Vaccination in Burma 1889-1999 - 1889-1999
Year: 1889
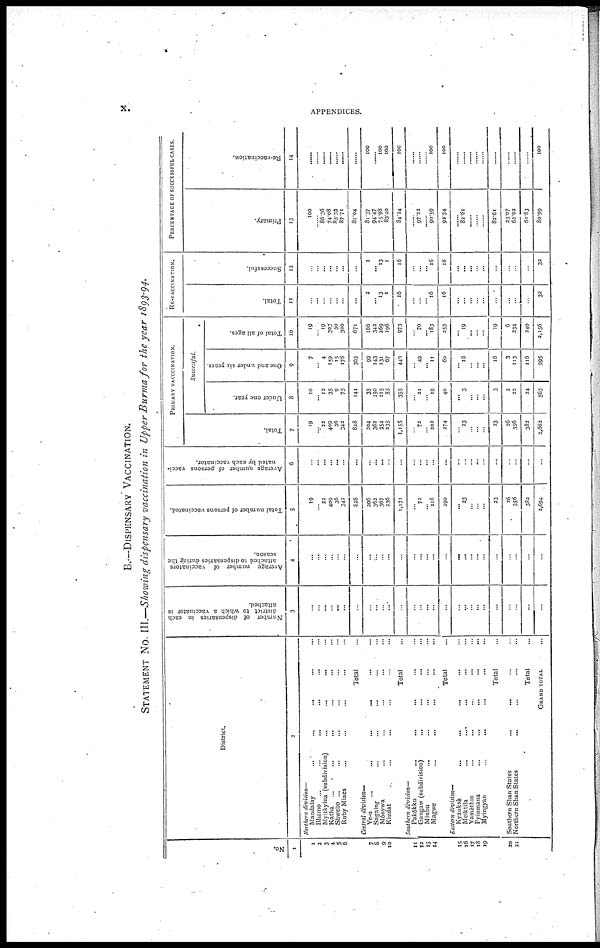
x.
APPENDICES.
B.—DISPENSARY VACCINATION.
STATEMENT NO. III.—Showing dispensary vaccination in Upper Burma for the year 1893-94.
No.
1
1
2
3
4
5
6
7
8
9
10
11
12
13
14
18
16
17
18
19
20
21
District.
2
Northern division—
Mandalay ... ... ... ... ...
Bhamo ... ... ... ... ...
Myitkyina (subdivision) ... ... ... ...
Katha ... ... ... ... ... ...
Shwebo ... ... ... ... ... ...
Ruby Mines ... ... ... ... ...
Total ...
Central division—
Ye-u ... ... ... ... ... ...
Sagaing ... ... ... ... ...
Mônywa
...
...
...
...
Kindat ... ... ... ... ...
Total ...
Southern division—
Pakâkku ... ... ... ... ...
Gangaw (subdivision) ... ... ... ...
Minbu
...
...
... ...
Magwe ... ... ... ... ...
Total ...
Eastern division—
Kyauksè
... ... ... ... ...
Meiktila ... ... ... ... ...
Yamèthin ... ... ... ... ...
Pyinmana
...
...
...
...
...
Myingyan
...
...
... ... ...
Total ...
Southern Shan States
...
... ... ...
Northern Shan States ... ... ... ... ...
Total ...
GRAND TOTAL ...
Number of dispensaries in each
district to which a vaccinator is
attached.
3
...
...
...
...
...
...
...
...
...
...
...
...
...
...
...
...
...
...
...
...
...
...
...
...
...
...
...
Average number of vaccinators
attached to dispensaries during the
season.
4
...
...
...
...
...
...
...
...
...
...
...
...
...
...
...
...
...
...
...
...
...
...
...
...
...
Total number of persons vaccinated.
5
19
...
22
409
36
342
828
206
362
367
236
1,171
...
72
...
218
290
... 23
...
...
...
23
26
356
382
2,694
Average number of persons vacci-
nated by each vaccinator.
6
...
...
...
...
...
...
...
...
...
...
...
...
...
...
...
...
...
...
...
...
...
...
...
...
...
...
PRIMARY VACCINATION.
Total.
7
19
... 22
409
36
342
828
204
362
354
235
1,155
...
72
...
202
274
...
23
...
...
...
23
26
356
383
2,662
Successful.
Under one year.
8
10
... 12
35
9
75
141
35
150
115
55
355
...
21
...
19
40
...
3
...
...
...
3
2
22
24
563
One and under six years.
9
7
4
159
15
173
363
99
143
131
67
440
...
49
...
11
60
...
16
...
...
...
16
3
113
116
995
Total of all ages.
10
19
...
19
303
30
300
671
...
166
342
269
196
973
...
70
... 183
253
...
19
...
...
...
19
6
234
240
2,156
RE-VACCIANTION.
Total.
11
...
...
...
...
...
...
...
2
... 13
1
16
...
...
...
16
16
...
...
...
...
...
...
...
...
...
32
Successful.
12
...
...
...
...
...
...
...
2
... 13
1
16
...
...
... 16
16
...
...
...
...
...
...
...
...
...
32
PERCENTAGE OF SUCCESSFUL CASES.
Primary.
13
100
...
86.36
74.08
83.33
87.71
81.04
81.37
94.47
75.98
83.40
84.24
......
97.22
......
90.59
92.34
...
82.61
...
...
...
82.61
23.07
62.92
62.83
80.99
Re-vaccination.
14
......
......
......
......
......
......
......
100
......
100
100
100
...
...
...
100
100
......
......
......
......
......
......
......
......
......
100